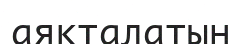
аяқталатын